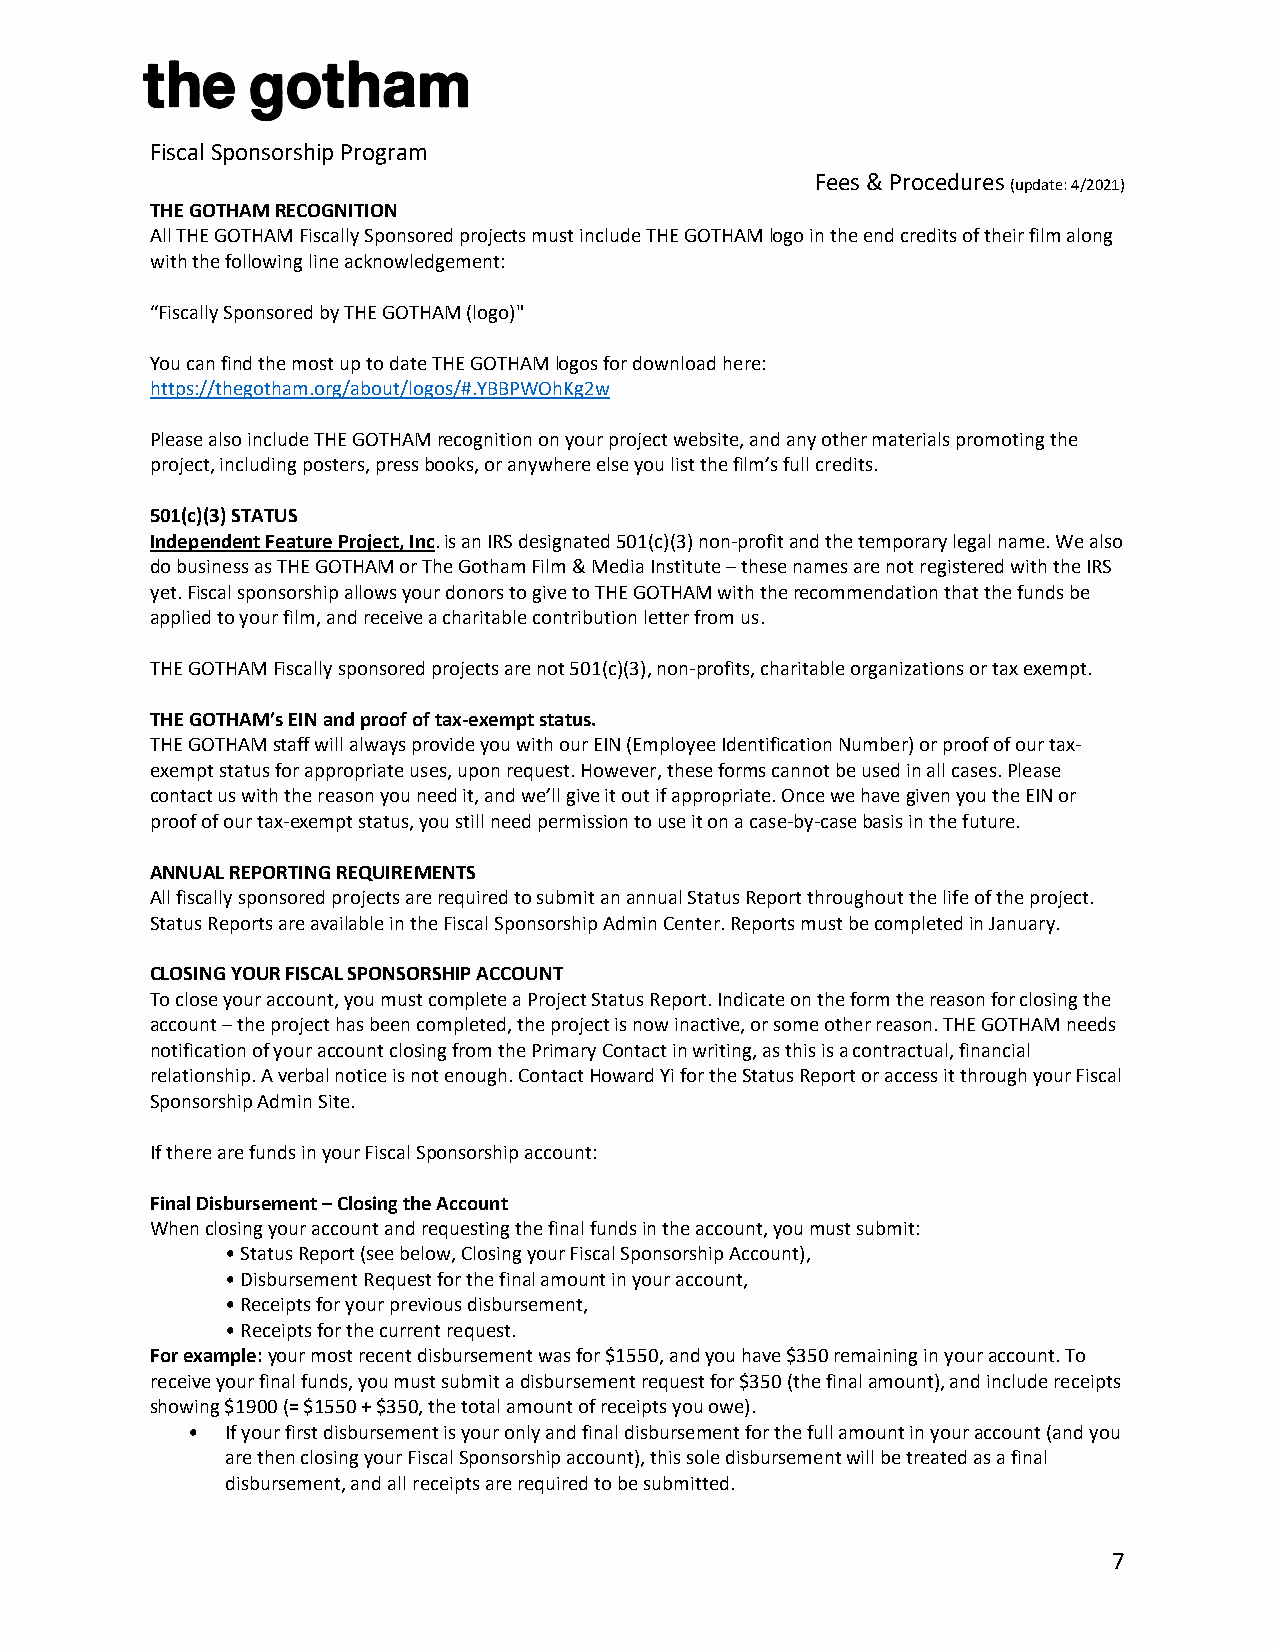
Fiscal Sponsorship Program
 Fees & Procedures (update: 4/2021)
 THE GOTHAM RECOGNITION
 All THE GOTHAM Fiscally Sponsored projects must include THE GOTHAM logo in the end credits of their film along
 with the following line acknowledgement:
 “Fiscally Sponsored by THE GOTHAM (logo)"
 You can find the most up to date THE GOTHAM logos for download here:
 https://thegotham.org/about/logos/#.YBBPWOhKg2w
 Please also include THE GOTHAM recognition on your project website, and any other materials promoting the
 project, including posters, press books, or anywhere else you list the film’s full credits.
 501(c)(3) STATUS
 Independent Feature Project, Inc. is an IRS designated 501(c)(3) non-profit and the temporary legal name. We also
 do business as THE GOTHAM or The Gotham Film & Media Institute – these names are not registered with the IRS
 yet. Fiscal sponsorship allows your donors to give to THE GOTHAM with the recommendation that the funds be
 applied to your film, and receive a charitable contribution letter from us.
 THE GOTHAM Fiscally sponsored projects are not 501(c)(3), non-profits, charitable organizations or tax exempt.
 THE GOTHAM’s EIN and proof of tax-exempt status.
 THE GOTHAM staff will always provide you with our EIN (Employee Identification Number) or proof of our tax-
 exempt status for appropriate uses, upon request. However, these forms cannot be used in all cases. Please
 contact us with the reason you need it, and we’ll give it out if appropriate. Once we have given you the EIN or
 proof of our tax-exempt status, you still need permission to use it on a case-by-case basis in the future.
 ANNUAL REPORTING REQUIREMENTS
 All fiscally sponsored projects are required to submit an annual Status Report throughout the life of the project.
 Status Reports are available in the Fiscal Sponsorship Admin Center. Reports must be completed in January.
 CLOSING YOUR FISCAL SPONSORSHIP ACCOUNT
 To close your account, you must complete a Project Status Report. Indicate on the form the reason for closing the
 account – the project has been completed, the project is now inactive, or some other reason. THE GOTHAM needs
 notification of your account closing from the Primary Contact in writing, as this is a contractual, financial
 relationship. A verbal notice is not enough. Contact Howard Yi for the Status Report or access it through your Fiscal
 Sponsorship Admin Site.
 If there are funds in your Fiscal Sponsorship account:
 Final Disbursement – Closing the Account
 When closing your account and requesting the final funds in the account, you must submit:
 • Status Report (see below, Closing your Fiscal Sponsorship Account),
 • Disbursement Request for the final amount in your account,
 • Receipts for your previous disbursement,
 • Receipts for the current request.
 For example: your most recent disbursement was for $1550, and you have $350 remaining in your account. To
 receive your final funds, you must submit a disbursement request for $350 (the final amount), and include receipts
 showing $1900 (= $1550 + $350, the total amount of receipts you owe).
 •  If your first disbursement is your only and final disbursement for the full amount in your account (and you
 are then closing your Fiscal Sponsorship account), this sole disbursement will be treated as a final
 disbursement, and all receipts are required to be submitted.
 7